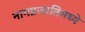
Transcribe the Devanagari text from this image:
नागप्रजातिमध्ये